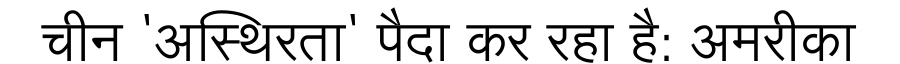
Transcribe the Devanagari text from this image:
चीन 'अस्थिरता' पैदा कर रहा है: अमरीका